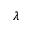
\lambda